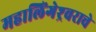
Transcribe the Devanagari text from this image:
महालिंगेश्र्वराचे